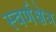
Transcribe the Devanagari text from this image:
स्वर्णक्षेत्र